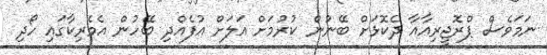
ނަމަވެސް ޕްރޮޖީރިއާއާ ދެކޮޅަށް ބޭނުން ކުރުމަށް އަލަށް އުފެއްދި ބޭހުން އެމެރިކާގައި ހޯދި